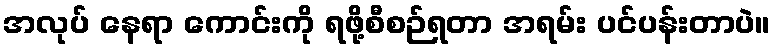
အလုပ် နေရာ ကောင်းကို ရဖို့စီစဉ်ရတာ အရမ်း ပင်ပန်းတာပဲ။